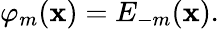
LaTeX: \varphi_{m}(\mathbf{x})=E_{-m}(\mathbf{x}).